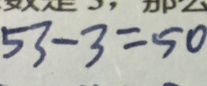
5 3 - 3 = 5 0